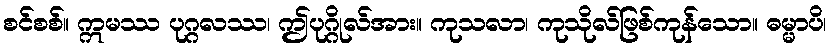
စင်စစ်။ ဣမဿ ပုဂ္ဂလဿ၊ ဤပုဂ္ဂိုလ်အား။ ကုသလာ၊ ကုသိုလ်ဖြစ်ကုန်သော။ ဓမ္မာပိ၊